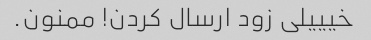
خیییلی زود ارسال کردن! ممنون.